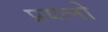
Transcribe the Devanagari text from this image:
प्रयत्नो